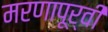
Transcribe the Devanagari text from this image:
मरणापूर्वी